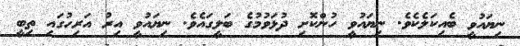
ނިޔައުވީ ބެއިކަލެކެވެ. ނިޔައުވީ ހުންކޮށި ދުޅަވުމުގެ ބަލީގައެވެ. ނިޔައުވީ އިރު އަރިހުގައި ތިބީ